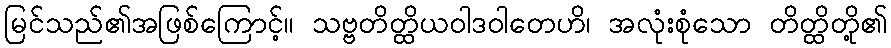
မြင်သည်၏အဖြစ်ကြောင့်။ သဗ္ဗတိတ္ထိယဝါဒဝါတေဟိ၊ အလုံးစုံသော တိတ္ထိတို့၏